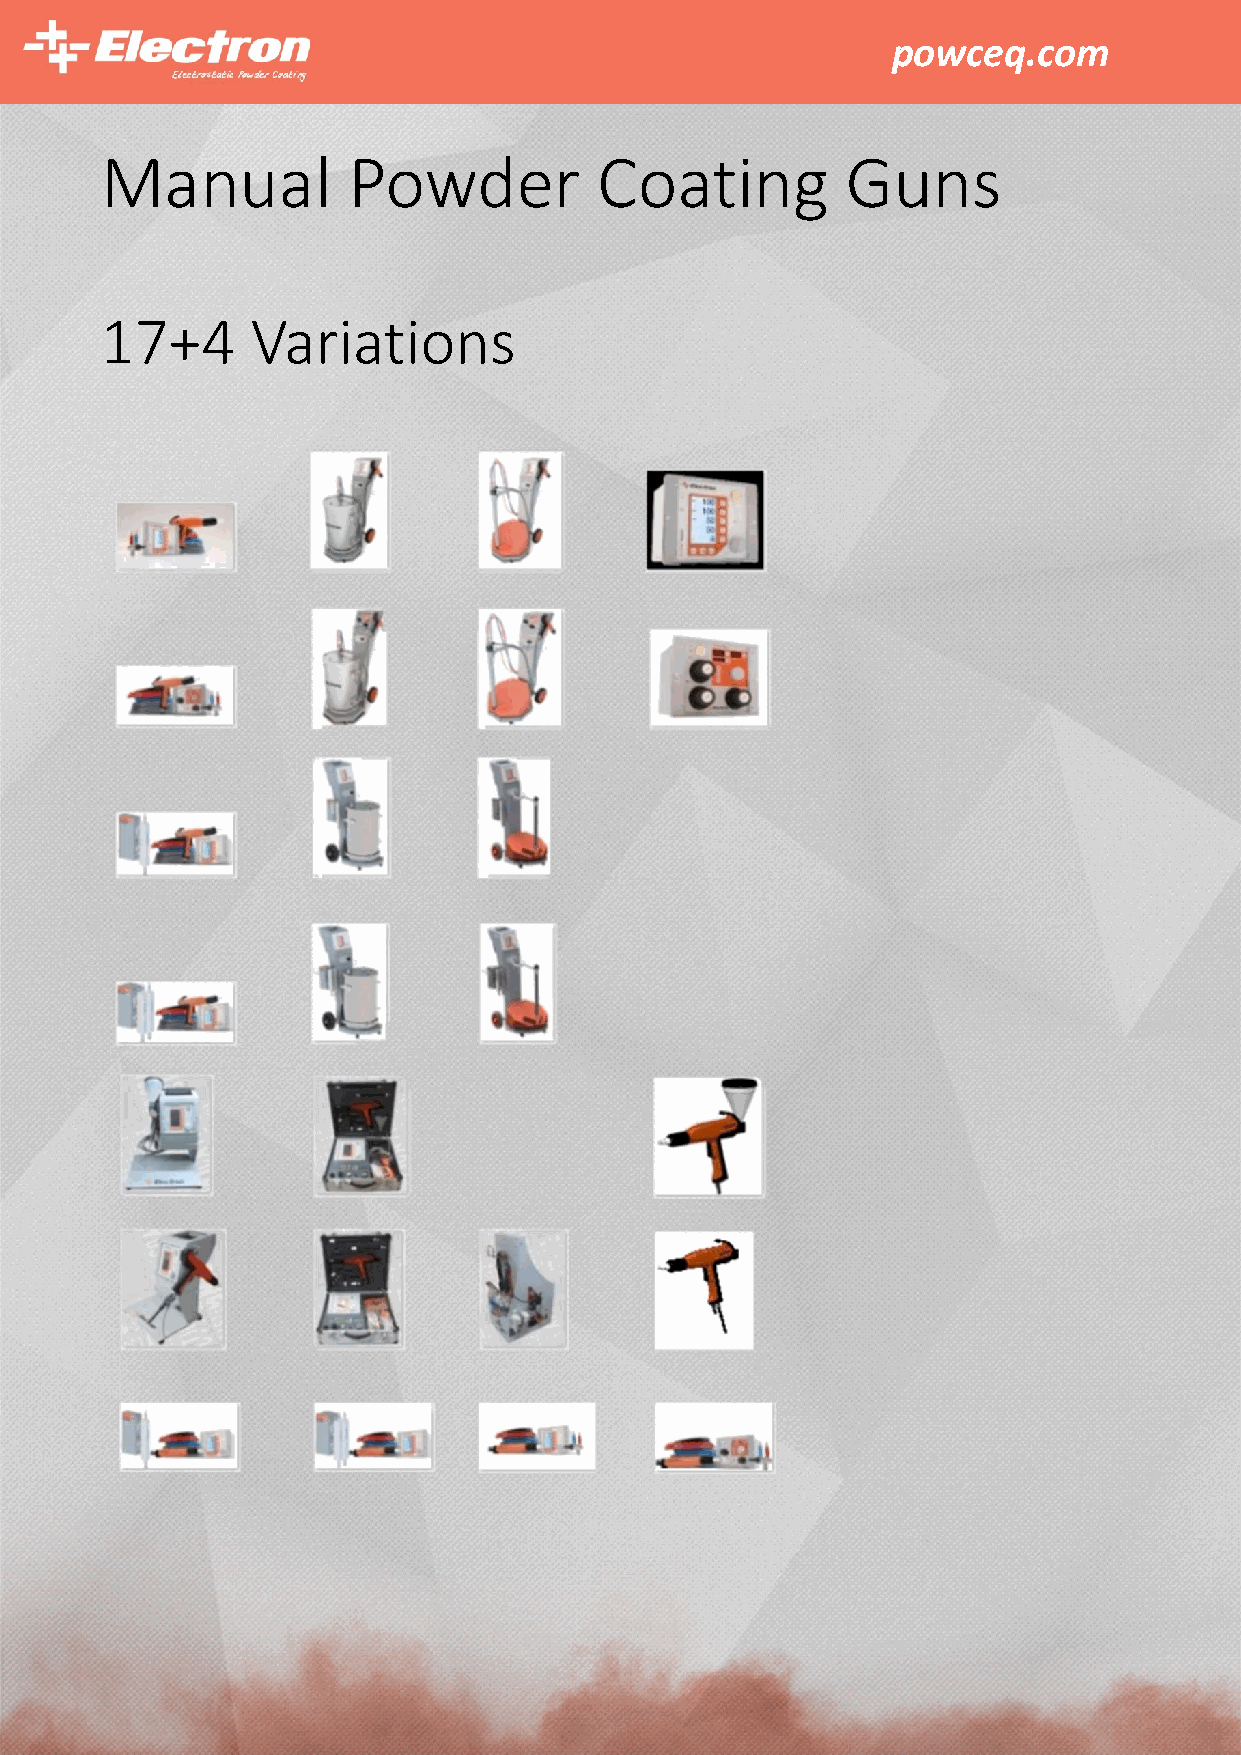
powceq.com
 Manual          Powder           Coating         Guns
 17+4      Variations